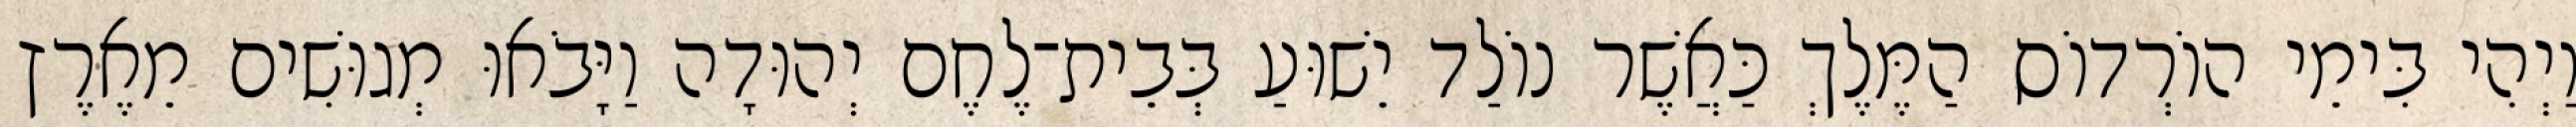
וַיְהִי בִּימֵי הוֹרְדוֹס הַמֶּלֶךְ כַּאֲשֶׁר נוֹלַד יֵשׁוּעַ בְּבֵית־לֶחֶם יְהוּדָה וַיָּבֹאוּ מְגוּשִׁים מֵאֶרֶץ